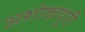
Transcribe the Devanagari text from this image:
अशोकपुरी